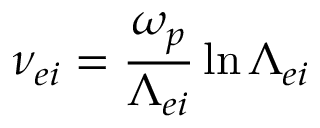
\nu _ { e i } = \frac { \omega _ { p } } { \Lambda _ { e i } } \ln { \Lambda _ { e i } }